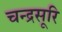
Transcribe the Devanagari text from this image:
चन्द्रसूरि